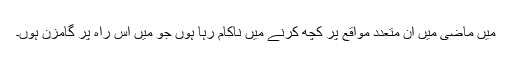
میں ماضی میں ان متعدد مواقع پر کچھ کرنے میں ناکام رہا ہوں جو میں اس راہ پر گامزن ہوں۔